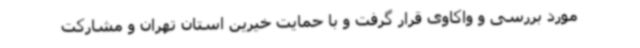
مورد بررسی و واکاوی قرار گرفت و با حمایت خیرین استان تهران و مشارکت